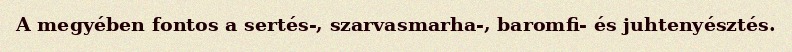
A megyében fontos a sertés-, szarvasmarha-, baromfi- és juhtenyésztés.